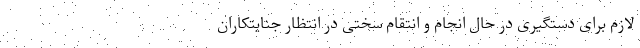
لازم برای دستگیری در حال انجام و انتقام سختی در انتظار جنایتکاران